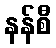
နန်စီ